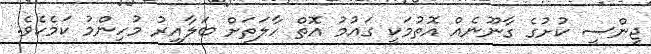
ޖިންސީ ކުށުގެ ގާނޫނެއް އޮތުމަކީ ގައުމު އޮތް ހާލަތަށް ބަލާއިރު މުހިންމު ކަމެކެވެ.